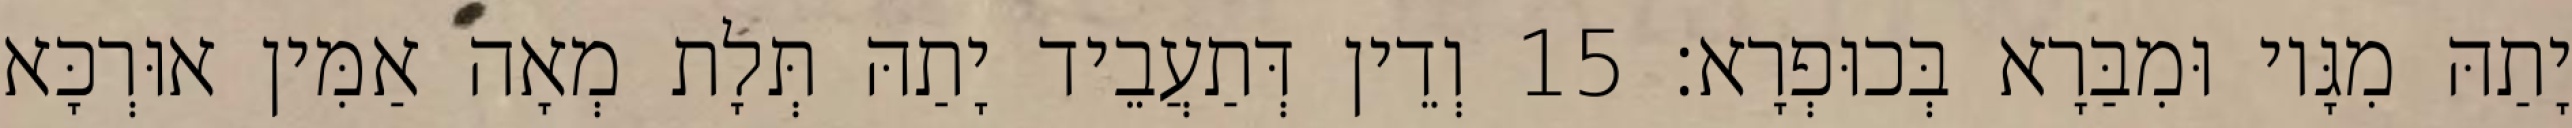
יָתַהּ מִגָּיו וּמִבַּרָא בְּכוּפְרָא׃ 15 וְדֵין דְּתַעֲבֵיד יָתַהּ תְּלָת מְאָה אַמִּין אוּרְכָּא